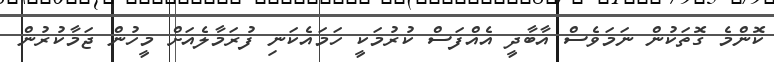
ކޮންމެ ގޮތަކުން ނަމަވެސް އާބާދީ އެއްފަސް ކުރުމަކީ ހަމައެކަނި ފުރަމާލެއަށް މީހުން ޖަމާކުރުން